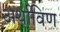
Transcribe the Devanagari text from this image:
अर्थाविण